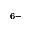
^ { 6 - }